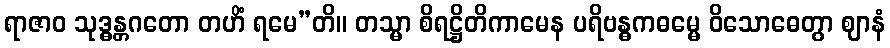
ရာဇာဝ သုဒ္ဓန္တဂတော တဟိံ ရမေ”တိ။ တသ္မာ စိရဋ္ဌိတိကာမေန ပရိဗန္ဓကဓမ္မေ ဝိသောဓေတွာ ဈာနံ